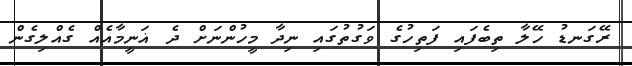
ރޭގަނޑު ހޭލާ ތިބެފައި ފަތިހުގެ ވަގުތުގައި ނިދާ މީހުންނަށް ދެ ޣަނީމާއެއް ގެއްލިގެން